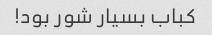
کباب بسیار شور بود!